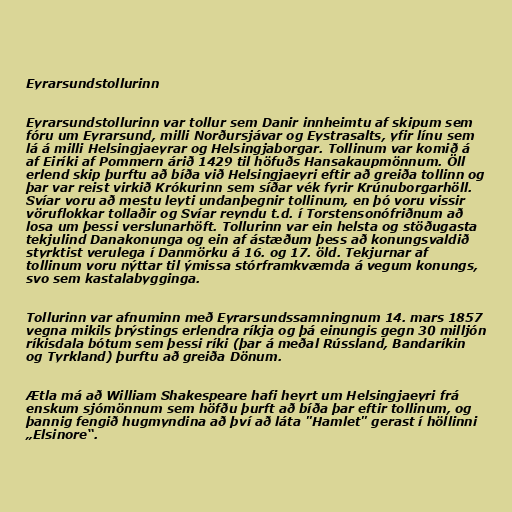
Eyrarsundstollurinn

Eyrarsundstollurinn var tollur sem Danir innheimtu af skipum sem
fóru um Eyrarsund, milli Norðursjávar og Eystrasalts, yfir línu sem
lá á milli Helsingjaeyrar og Helsingjaborgar. Tollinum var komið á
af Eiríki af Pommern árið 1429 til höfuðs Hansakaupmönnum. Öll
erlend skip þurftu að bíða við Helsingjaeyri eftir að greiða tollinn og
þar var reist virkið Krókurinn sem síðar vék fyrir Krúnuborgarhöll.
Svíar voru að mestu leyti undanþegnir tollinum, en þó voru vissir
vöruflokkar tollaðir og Svíar reyndu t.d. í Torstensonófriðnum að
losa um þessi verslunarhöft. Tollurinn var ein helsta og stöðugasta
tekjulind Danakonunga og ein af ástæðum þess að konungsvaldið
styrktist verulega í Danmörku á 16. og 17. öld. Tekjurnar af
tollinum voru nýttar til ýmissa stórframkvæmda á vegum konungs,
svo sem kastalabygginga.

Tollurinn var afnuminn með Eyrarsundssamningnum 14. mars 1857
vegna mikils þrýstings erlendra ríkja og þá einungis gegn 30 milljón
ríkisdala bótum sem þessi ríki (þar á meðal Rússland, Bandaríkin
og Tyrkland) þurftu að greiða Dönum.

Ætla má að William Shakespeare hafi heyrt um Helsingjaeyri frá
enskum sjómönnum sem höfðu þurft að bíða þar eftir tollinum, og
þannig fengið hugmyndina að því að láta "Hamlet" gerast í höllinni
„Elsinore“.